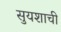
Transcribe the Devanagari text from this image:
सुयशाची